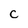
Character: C